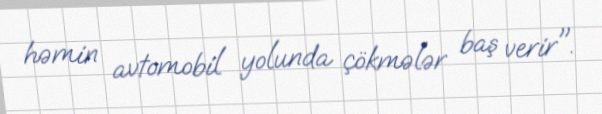
həmin avtomobil yolunda çökmələr baş verir".